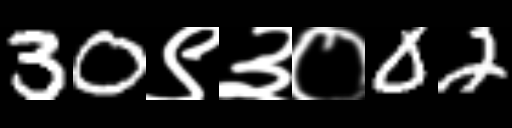
Text: 30९३०02